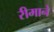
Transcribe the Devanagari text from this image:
रीमाने